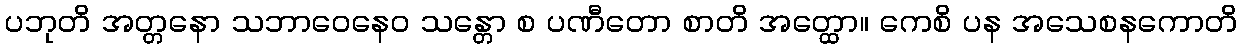
ပဘုတိ အတ္တနော သဘာဝေနေဝ သန္တော စ ပဏီတော စာတိ အတ္ထော။ ကေစိ ပန အသေစနကောတိ